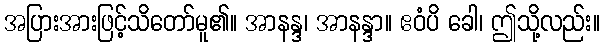
အပြားအားဖြင့်သိတော်မူ၏။ အာနန္ဒ၊ အာနန္ဒာ။ ဧဝံပိ ခေါ၊ ဤသို့လည်း။